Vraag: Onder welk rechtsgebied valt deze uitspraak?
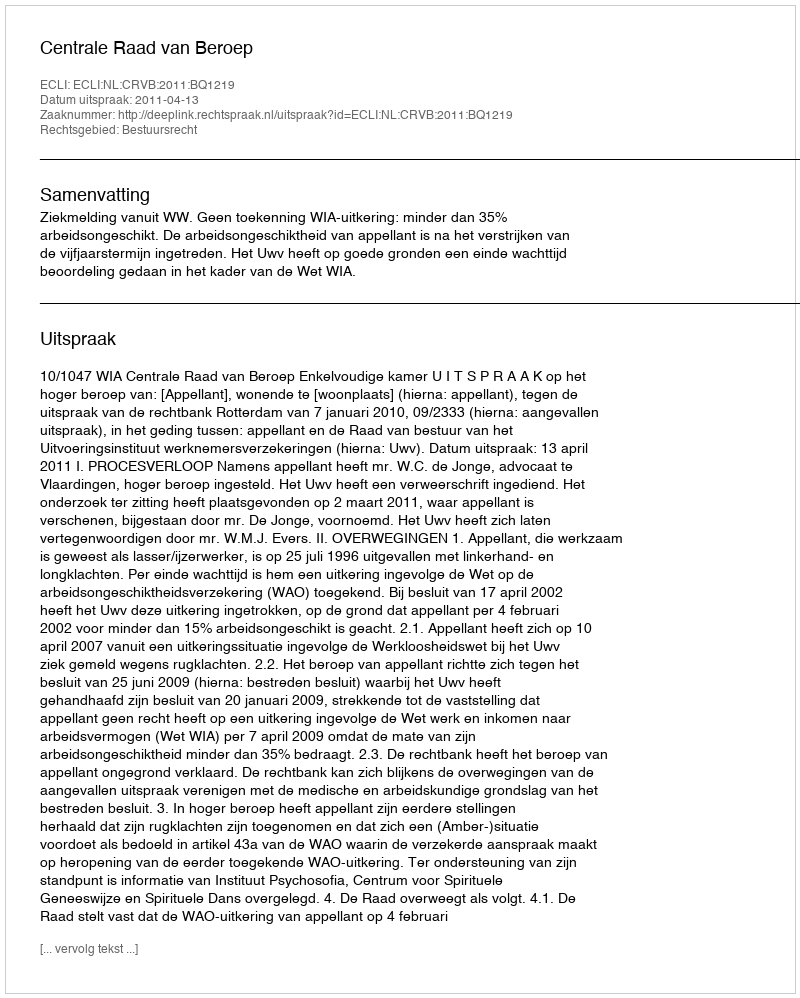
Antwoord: Bestuursrecht